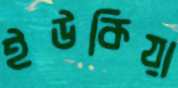
ইউকিয়া